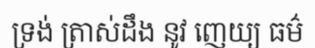
ទ្រង់ ត្រាស់ដឹង នូវ ញេយ្យ ធម៌